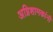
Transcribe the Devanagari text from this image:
अग्निशामकांनी